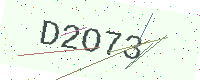
Text: D2O73